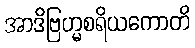
အာဒိဗြဟ္မစရိယကောတိ